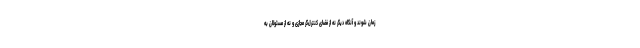
زمان شوند و آنگاه دیگر نه از فضای کنترل‌گر مجازی و نه از مسئولان به